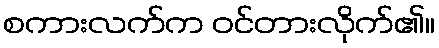
စကားလက်က ဝင်တားလိုက်၏။